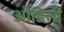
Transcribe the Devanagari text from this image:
आेडिसी